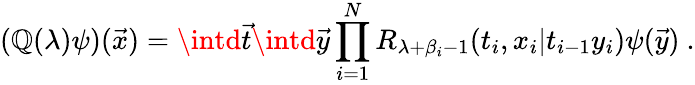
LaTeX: (\mathbb{Q}(\lambda)\psi)({\vec{{x}}})=\intd{\vec{{t}}}\intd{\vec{{y}}}\prod_{i=1}^{N}R_{\lambda+\beta_{i}-1}(t_{i},x_{i}|t_{i-1}y_{i})\psi({\vec{{y}}})~.